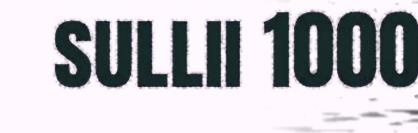
sullii 1000